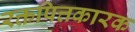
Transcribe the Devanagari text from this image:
रक्तपित्तकारक